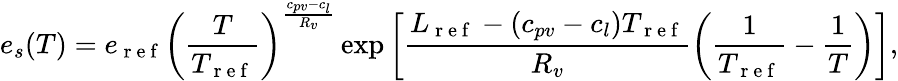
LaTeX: e_{s}(T)=e_{\mathrm{~r~e~f~}}\left(\frac{T}{T_{\mathrm{~r~e~f~}}}\right)^{\frac{c_{pv}-c_{l}}{R_{v}}}\exp\left[\frac{L_{\mathrm{~r~e~f~}}-(c_{pv}-c_{l})T_{\mathrm{~r~e~f~}}}{R_{v}}\left(\frac{1}{T_{\mathrm{~r~e~f~}}}-\frac{1}{T}\right)\right],